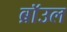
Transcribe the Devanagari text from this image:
ब्राॅउल